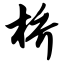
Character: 桥